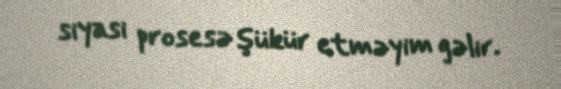
siyasi prosesə şükür etməyim gəlir.